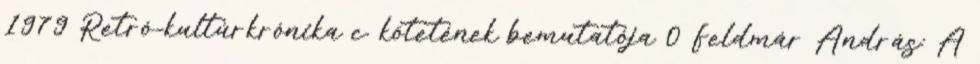
1979 Retró-kultúrkrónika c. kötetének bemutatója 0 Feldmár András: A